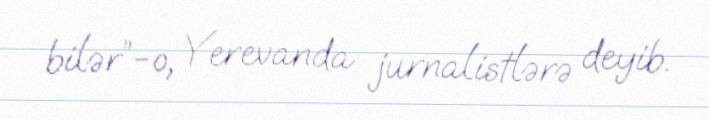
bilər”-o, Yerevanda jurnalistlərə deyib.